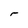
Character: r